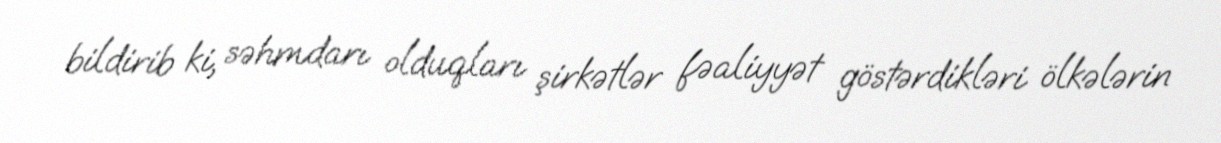
bildirib ki, səhmdarı olduqları şirkətlər fəaliyyət göstərdikləri ölkələrin